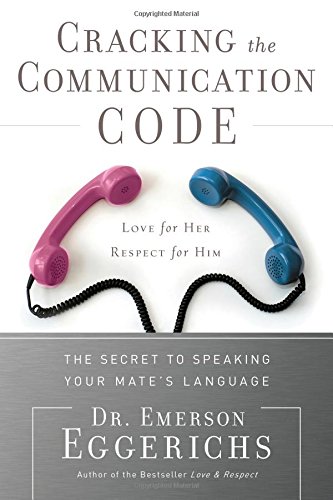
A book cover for Cracking the Communication Code: The Secret to Speaking Your Mate's Language; Emerson Eggerichs; Christian Books & Bibles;